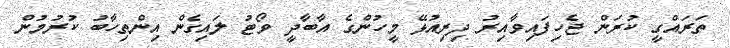
ތަރައްގީ ކުރަން ޖެހިފައިވާއިރު ދިރިއުޅޭ މީހުންގެ އާބާދީ ވޯޓު ލައިގެން އިންތިހާބު ކުރުމުން